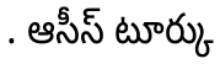
. ఆసీస్ టూర్కు